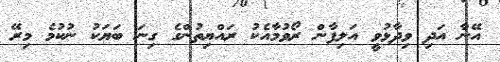
އޭނާ އަދި ވިދާޅުވީ އަލިފާން ރޯވުމާއެކު ރައްޔިތުންގެ ގިނަ ބަޔަކު ނުކުމެ މިރޭ